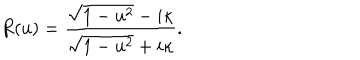
R ( u ) = { \frac { \sqrt { 1 - u ^ { 2 } } - i \kappa } { \sqrt { 1 - u ^ { 2 } } + i \kappa } } .